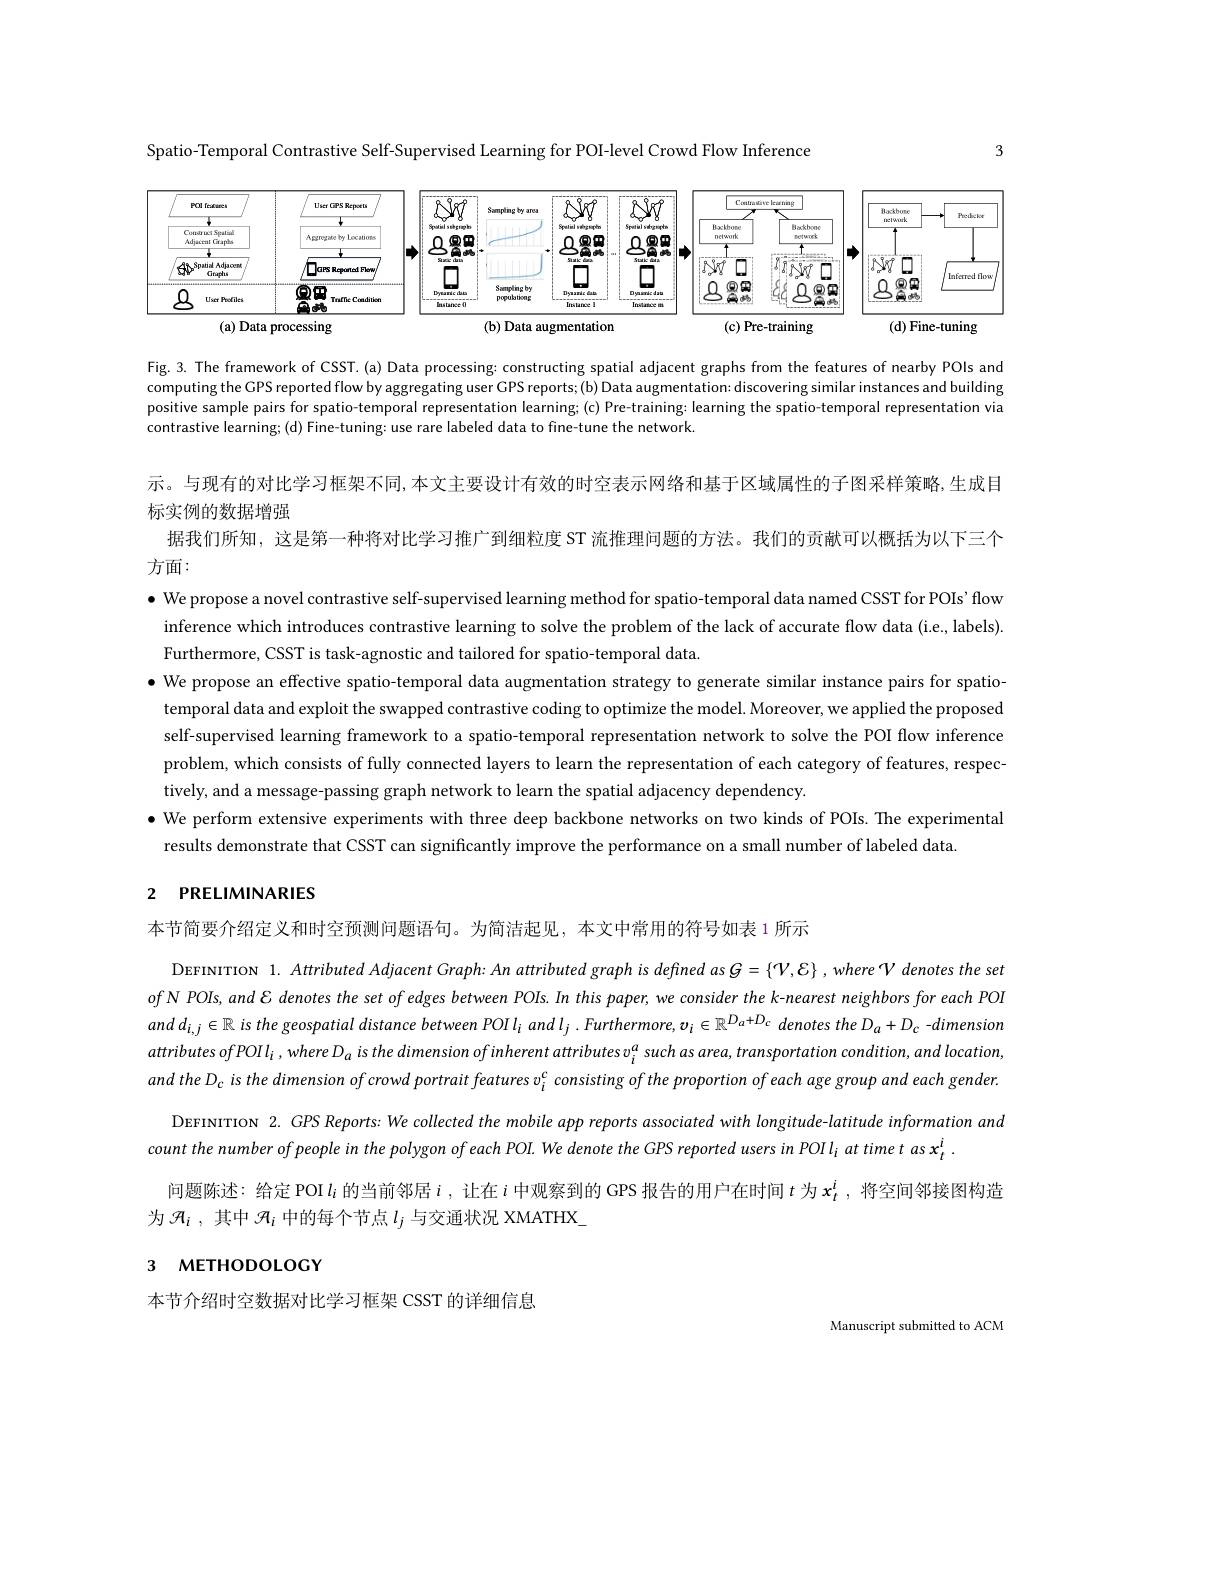
3

Spatio-Temporal Contrastive Self-Supervised Learning for POI-level Crowd Flow Inference

<FigureHere>
$(\mathbf{b})$ Data augmentatior
(c) Pre-training
$(\mathbf{a})$ Data processing
(d)Fine-tuning

Fig.3. The framework of CSST.(a) Data processing: constructing spatial adjacent graphs from the features of nearby POls and computing the GPS reported flow by aggregating user GPS reports; (b) Data augmentation: discovering similar instances and building positive sample pairs for spatio-temporal representation learning;(c) Pre-training: learning the spatio-temporal representation via contrastive learning; (d) Fine-tuning: use rare labeled data to fine-tune the network

示。与现有的对比学习框架不同，本文主要设计有效的时空表示网络和基于区域属性的子图采样策略，生成目
标实例的数据增强
据我们所知，这是第一种将对比学习推广到细粒度 ST 流推理问题的方法。我们的贡献可以概括为以下三个

方面：

$\bullet$ We propose a novel contrastive self-supervised learning method for spatio-temporal data named CSST for POIs' flow inference which introduces contrastive learning to solve the problem of the lack of accurate flow data (i.e., labels). Furthermore, CSST is task-agnostic and tailored for spatio-temporal data
$\bullet$ We propose an effective spatio-temporal data augmentation strategy to generate similar instance pairs for spatio- weres tines tines tines tines tines tines tines tines tines tines tines tines tines tines tines tines tis tines tines tines tines tines temporal data and exploit the swapped contrastive coding to optimize the model. Moreover, we applied the proposed self-supervised learning framework to a spatio-temporal representation network to solve the POI flow inference problem, which consists of fully connected layers to learn the representation of each category of features, respec tively, and a message-passing graph network to learn the spatial adjacency dependency
$\bullet$ We perform extensive experiments with three deep backbone networks on two kinds of POIs. The experimentalis $\bullet$
results demonstrate that CSST can significantly improve the performance on a small number of labeled data

# 2 PRELIMINARIES

本节简要介绍定义和时空预测问题语句。为简洁起见，本文中常用的符号如表 1 所示

DEFINITION $1.AttributedAdjacentGraph:AnattributedgraphisdefinedasG=\{V,\mathcal{E}\},where^{\prime}Vdenotestheset$ ofN POIs, and $\mathcal{E}$ denotes the set of edges between POIs. In this paper, we consider the k-nearest neighbors for each POI $andd_{i,j}\in\mathbb{R}$ is the geospatial distance between POI$l_i$ and $l_j$ .Furthermore, $v_i\in\mathbb{R}^{D_a+D_c}$ denotes the $D_a+D_c$ -dimension $attributesofPOIl_{i},whereD_{a}isthedimensionofinherentattributesv_{i}^{a}suchasarea,transportationcondition,andlocation$ $andtheD_{c}$ is the dimension of crowd portrait features v$_i^c$ consisting of the proportion of each age group and each gender.
DEFINITION $2.GPSReports:We$ collected the mobile app reports associated with longitude-latitude information and
count the number of people in the polygon of each POI. We denote the GPS reported users in POI $l_i$ at time t as $x_t^i$
问题陈述：给定 POI $l_i$的当前邻居$i$,让在$i$中观察到的 GPS 报告的用户在时间$t$为$x_t^i$,将空间邻接图构造
为$\mathcal{A} _i$ ,其中 $\mathcal{A}_i$ 中的每个节点 $l_j$ 与交通状况 XMATHX\_

# 3 метноросост

本节介绍时空数据对比学习框架 CSST 的详细信息

Manuscript submitted to ACM